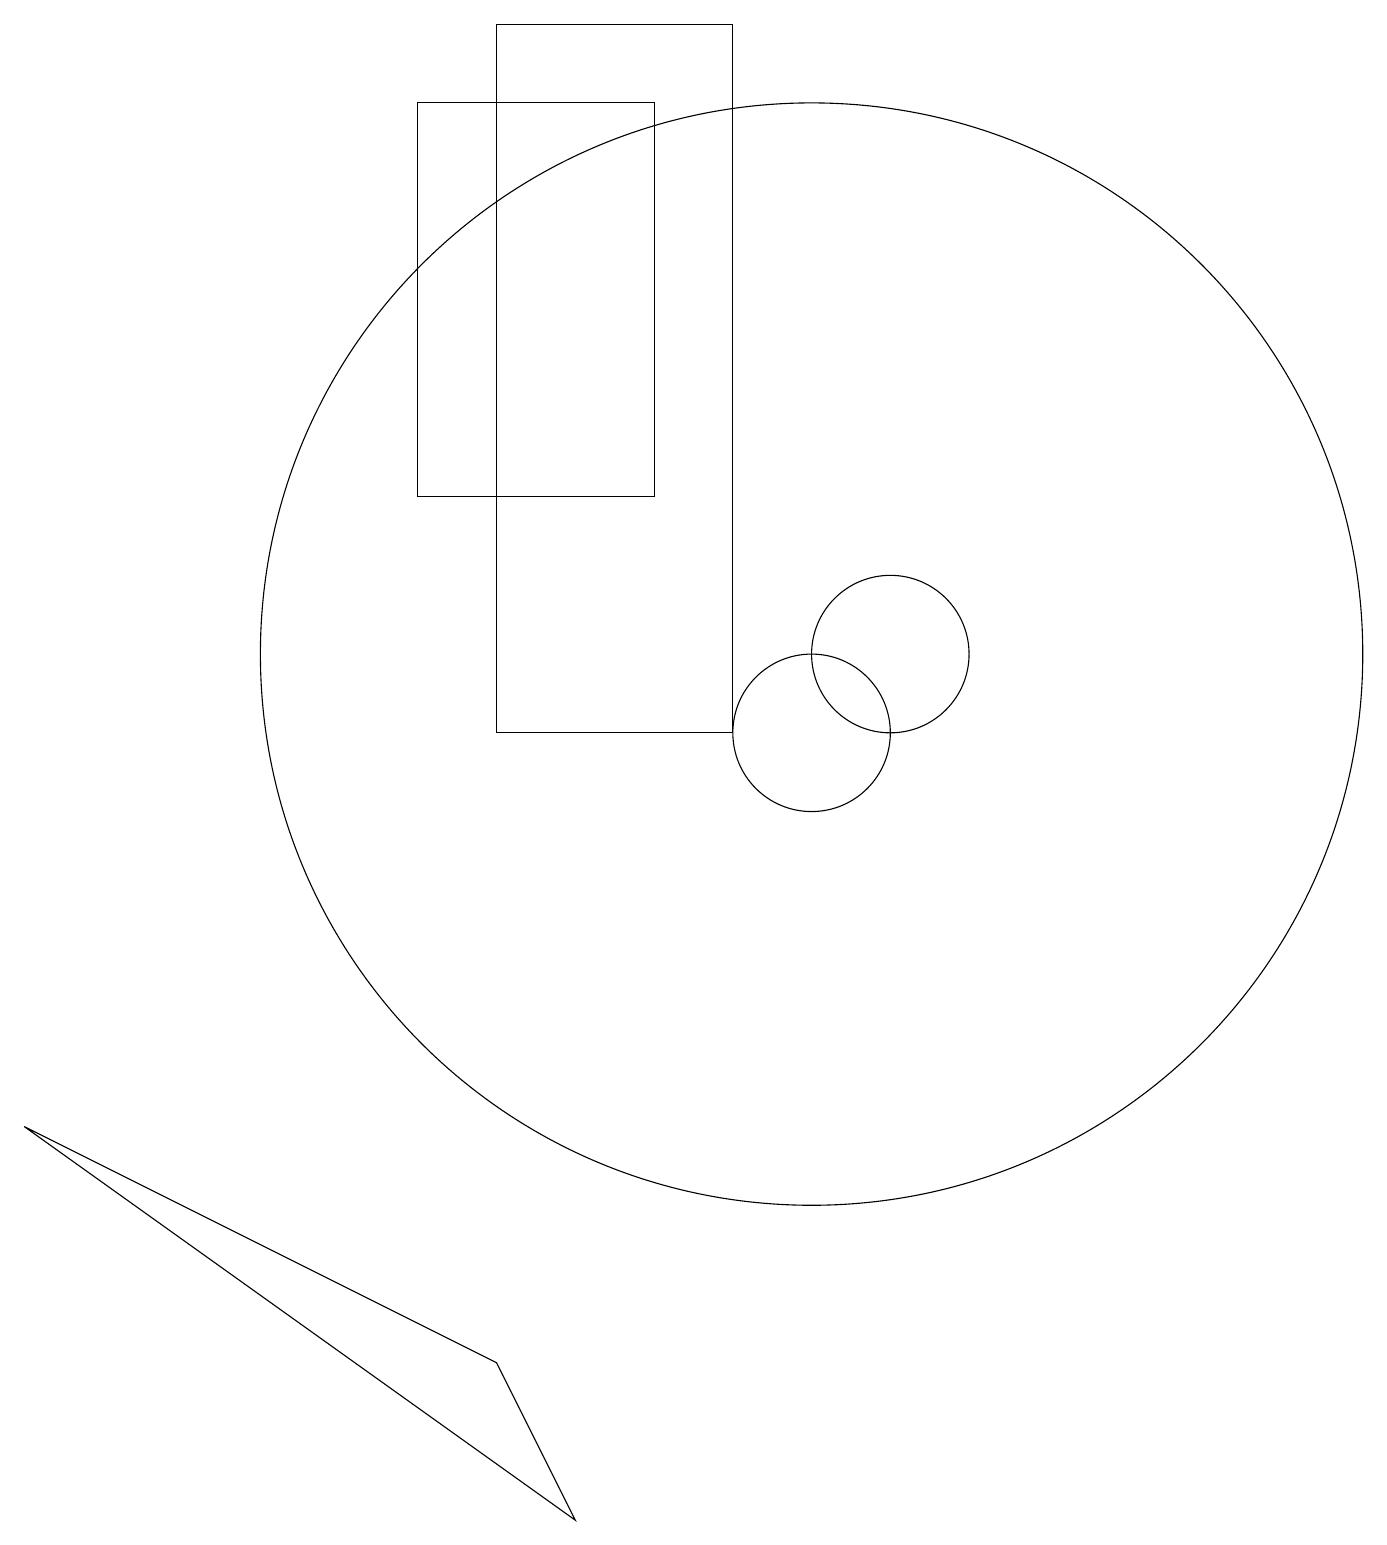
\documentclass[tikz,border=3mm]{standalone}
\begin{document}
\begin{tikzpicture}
\draw (6,2) -- (0,5) -- (7,0) -- cycle;
\draw (10,11) circle (7);
\draw (5,18) rectangle (8,13);
\draw (11,11) circle (1);
\draw (10,10) circle (1);
\draw (6,19) rectangle (9,10);
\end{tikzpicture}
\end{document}